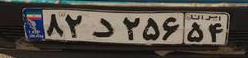
۸۲د۲۵۶۵۴